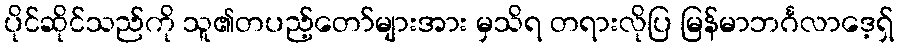
ပိုင်ဆိုင်သည်ကို သူ၏တပည့်တော်များအား မှသိရ တရားလိုပြ မြန်မာဘင်္ဂလာဒေ့ရှ်